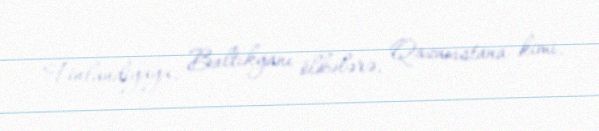
Finlandiyaya, Baltikyanı ölkələrə, Qazaxıstana kimi.